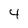
Character: 4